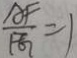
\frac { A F } { F G } = 1